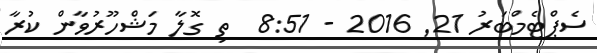
ސެޕްޓެމްބަރު 21